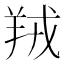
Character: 羢